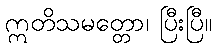
ဣတိသမတ္တော၊ ပြီးပြီ။